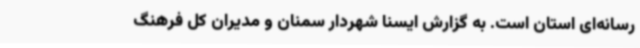
رسانه‌ای استان است. به گزارش ایسنا شهردار سمنان و مدیران کل فرهنگ